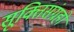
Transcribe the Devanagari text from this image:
सूक्तिसंग्रहों